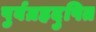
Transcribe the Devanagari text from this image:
पुर्वग्रहदुषित